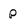
Character: p